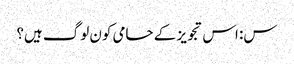
س: اس تجویز کے حامی کون لوگ ہیں؟